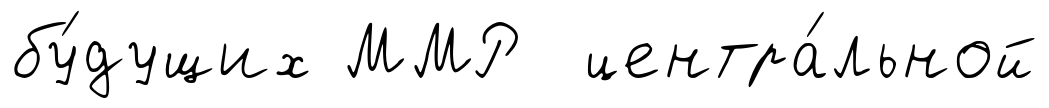
бу́дущих ММР центра́льной